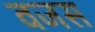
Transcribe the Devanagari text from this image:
वजस